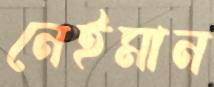
নেইমান